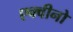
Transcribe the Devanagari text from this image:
एक्वीनो